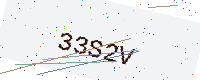
Text: 33S2V